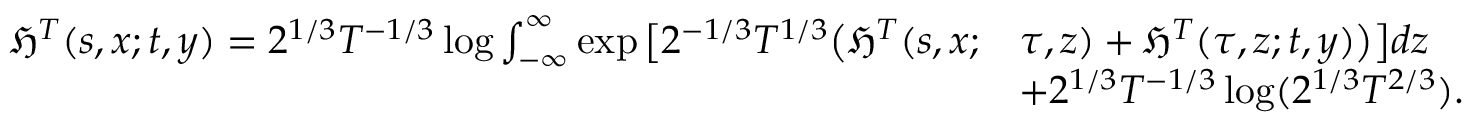
\begin{array} { r l } { \mathfrak { H } ^ { T } ( s , x ; t , y ) = 2 ^ { 1 / 3 } T ^ { - 1 / 3 } \log \int _ { - \infty } ^ { \infty } \exp \big [ 2 ^ { - 1 / 3 } T ^ { 1 / 3 } \big ( \mathfrak { H } ^ { T } ( s , x ; } & { \tau , z ) + \mathfrak { H } ^ { T } ( \tau , z ; t , y ) \big ) \big ] d z } \\ & { + 2 ^ { 1 / 3 } T ^ { - 1 / 3 } \log ( 2 ^ { 1 / 3 } T ^ { 2 / 3 } ) . } \end{array}